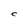
Character: C